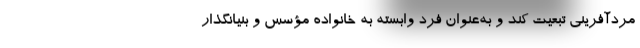
مردآفرینی تبعیت کند و به‌عنوان فرد وابسته به خانواده مؤسس و بنیانگذار